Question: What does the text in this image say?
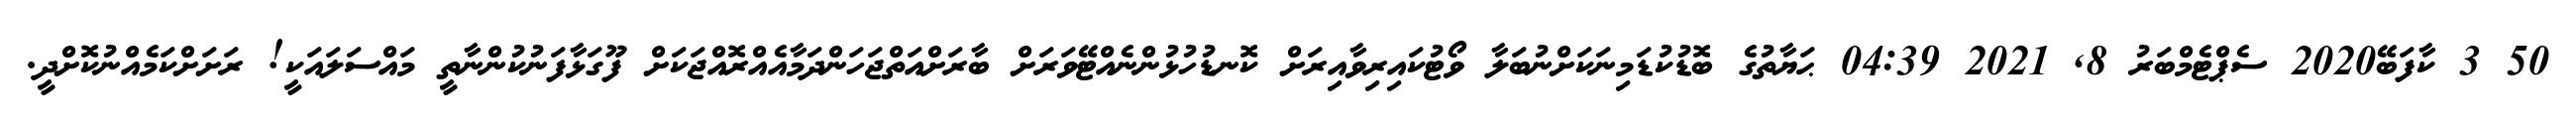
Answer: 50 3 ކާފަބޭ2020 ސެޕްޓެމްބަރު 8, 2021 04:39 ޙަޔާތުގެ ބޮޑުކުޑަމިނަކަށްނުބަލާ ވޯޓުކައިރިވާއިރަށް ކޮނޑުހުޅުންނެއްޓޭވަރަށް ބާރަށްއަތްޖަހަންދަމާއެއްރޮއްޖަކަށް ފޫގަޅާފަނުކުންނާތީ މައްސަލައަކީ! ރަށަށްކަމެއްނުކޮށްދީ.